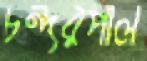
চন্দরপাল